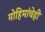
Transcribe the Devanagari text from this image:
मोहिमांचेही